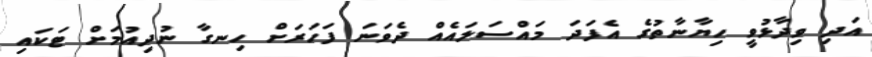
އަދި ވިދާޅުވީ ހިޔާނާތުގެ އެފަދަ މައްސަލައެއް ދެވަނަ ފަހަރަށް ހިނގާ ނުދިއުމަށް ޓަކައި